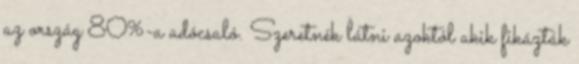
az ország 80%-a adócsaló. Szeretnék látni azoktól akik fikázták